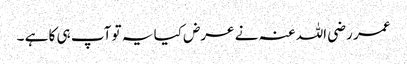
عمر رضی اللہ عنہ نے عرض کیا یہ تو آپ ہی کا ہے ۔